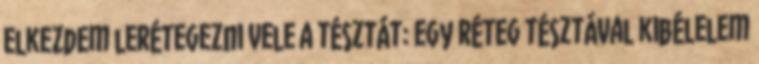
elkezdem lerétegezni vele a tésztát: egy réteg tésztával kibélelem